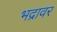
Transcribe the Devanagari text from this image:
भद्रावर